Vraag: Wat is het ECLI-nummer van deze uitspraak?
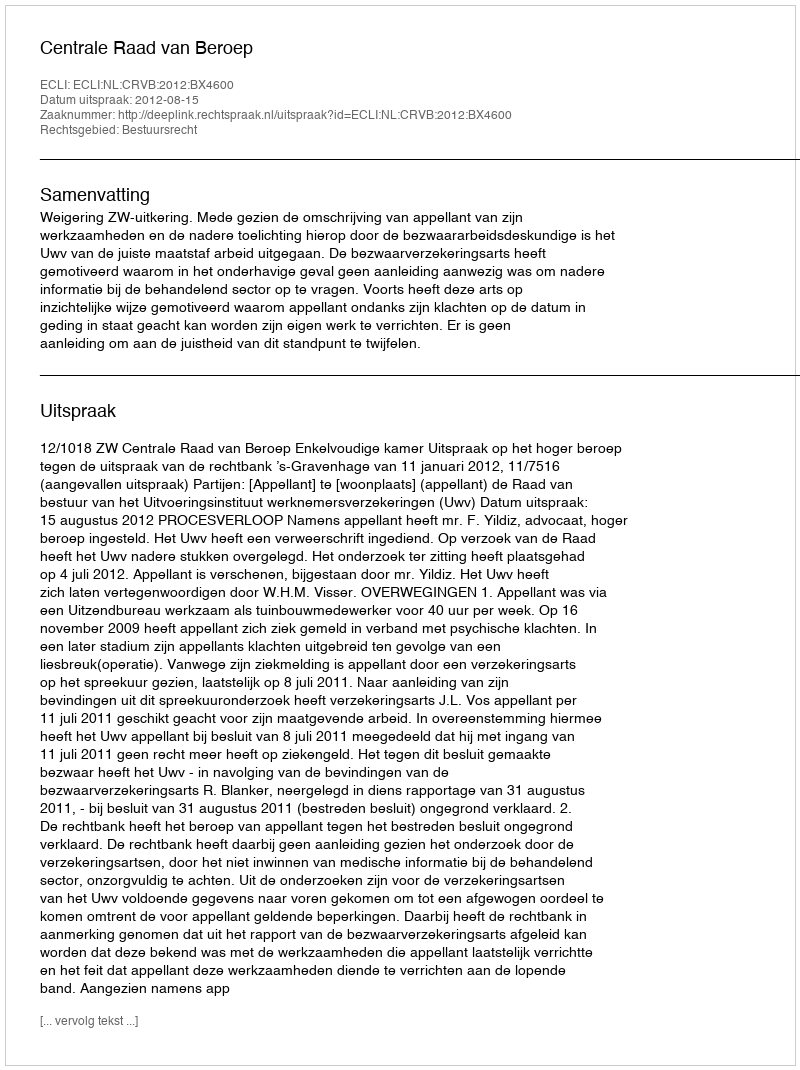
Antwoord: ECLI:NL:CRVB:2012:BX4600